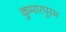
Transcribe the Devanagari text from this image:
कुमारपुरम